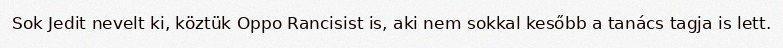
Sok Jedit nevelt ki, köztük Oppo Rancisist is, aki nem sokkal kesőbb a tanács tagja is lett.